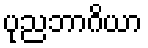
ပုညဘာဂိယာ